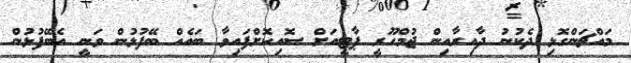
މައްޗަންގޮޅި ދެކުނު ދާއިރާއިން ޖުމްހޫރީ ޕާޓީއަށް ސޮއިކޮށްފައިވާ ބައެއް ބޭފުޅުން ވަނީ އެބޭފުޅުން